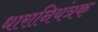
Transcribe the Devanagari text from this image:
धारानियंत्रक